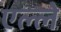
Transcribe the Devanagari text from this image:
एल्ले